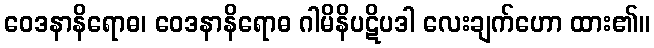
ဝေဒနာနိရောဓ၊ ဝေဒနာနိရောဓ ဂါမိနိပဋိပဒါ လေးချက်ဟော ထား၏။